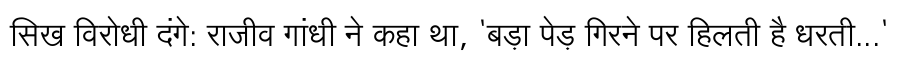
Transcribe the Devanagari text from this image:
सिख विरोधी दंगे: राजीव गांधी ने कहा था, 'बड़ा पेड़ गिरने पर हिलती है धरती...'